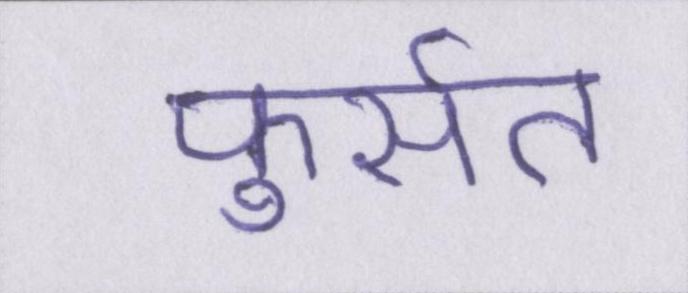
फुर्सत